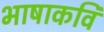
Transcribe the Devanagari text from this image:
भाषाकवि